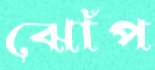
ঝোঁপ